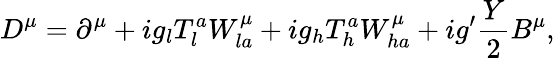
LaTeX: D^{\mu}=\partial^{\mu}+ig_{l}T_{l}^{a}W_{la}^{\mu}+ig_{h}T_{h}^{a}W_{ha}^{\mu}+ig^{\prime}\frac{Y}{2}B^{\mu},